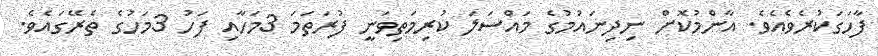
ފާހަގަކުރެވެއެވެ. އާންމުކޮށް ނިދިނައުމުގެ މައްސަލަ ކުރިމަތިވަނީ ފުރަތަމަ 3މަހާއި ފަހު 3މަހުގެ ތެރޭގައެވެ.